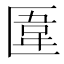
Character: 𠥎